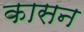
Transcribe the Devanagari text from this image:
कासन